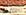
بخير